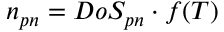
n _ { p n } = D o S _ { p n } \cdot f ( T )